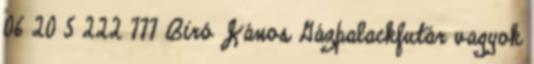
06 20 5 222 777 Biró János Gázpalackfutár vagyok